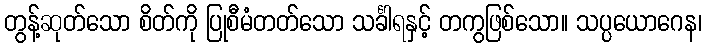
တွန့်ဆုတ်သော စိတ်ကို ပြုစီမံတတ်သော သင်္ခါရနှင့် တကွဖြစ်သော။ သပ္ပယောဂေန၊